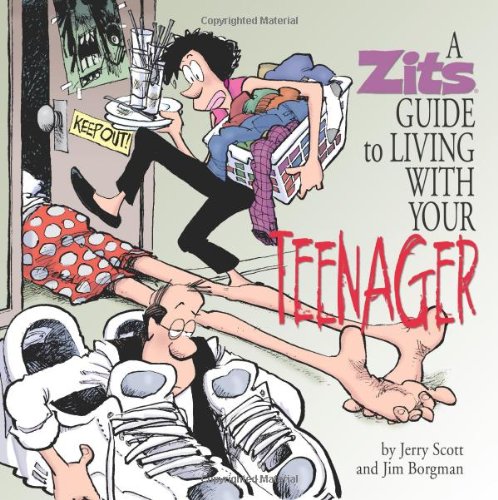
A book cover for A Zits Guide to Living With Your Teenager; Jim Borgman; Comics & Graphic Novels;